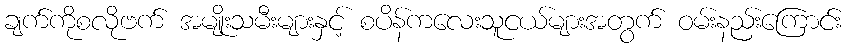
ချက်ကိုစလိုဗက် အမျိုးသမီးများနှင့် စပိန်ကလေးသူငယ်များအတွက် ဝမ်းနည်းကြောင်း